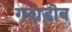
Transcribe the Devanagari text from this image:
गदाडोब